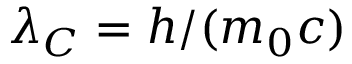
\lambda _ { C } = h / ( m _ { 0 } c )